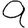
Digit: 9